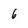
Character: 6